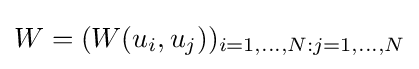
W=(W(u_{i},u_{j}))_{i=1,...,N:j=1,...,N}